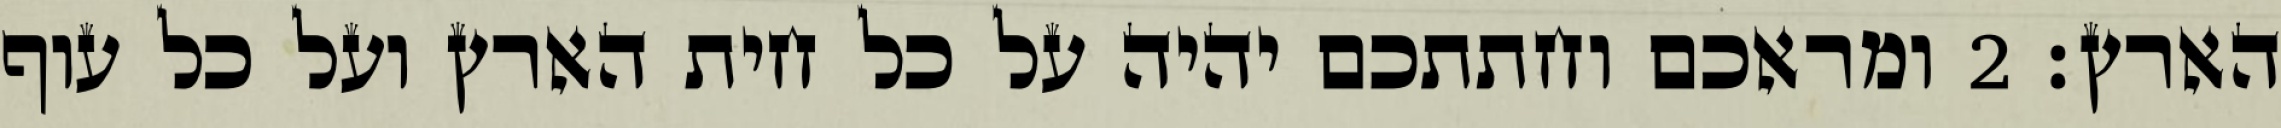
הארץ׃ ‎2‏ ומראכם וחתתכם יהיה על כל חית הארץ ועל כל עוף